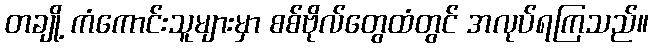
တချို့ ကံကောင်းသူများမှာ စစ်ဗိုလ်တွေထံတွင် အလုပ်ရကြသည်။